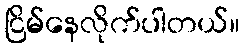
ငြိမ်နေလိုက်ပါတယ်။